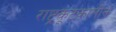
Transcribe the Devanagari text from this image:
राष्ट्रकूटकालीन